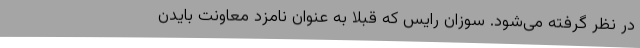
در نظر گرفته می‌شود. سوزان رایس که قبلا به عنوان نامزد معاونت بایدن